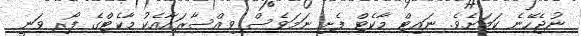
ނުޖެހޭނެ ކަމަށެވެ. ނައިޓް މާކެޓް ފެށި ނަމަވެސް ވިއްސާރައާއެކު މާކެޓްގެ ފޯރި ވަނީ